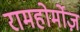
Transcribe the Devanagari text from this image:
रामहोर्मोज़